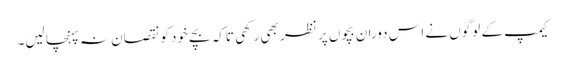
کیمپ کے لوگوں نے اس دوران بچوں پر نظر بھی رکھی تاکہ بچے خود کو نقصان نہ پہنچا لیں۔